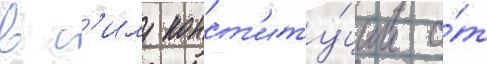
в с'илу конст'иту́ции о́т